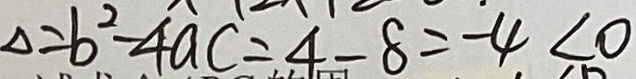
\Delta = b ^ { 2 } - 4 a c = 4 - 8 = - 4 < 0